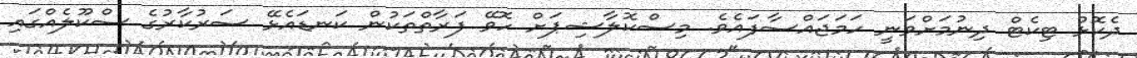
ދެކޮޅު ޓިކެޓް ދިނުމަށްވަނީ ހަމަޖައްސާފައެވެ. މިސްކޮލާޝިޕަށް ހޮވޭ ފަރާތްތަކުން ކަނޑައެޅޭ ސަރުކާރުގެ ސްކޫލެއްގައި